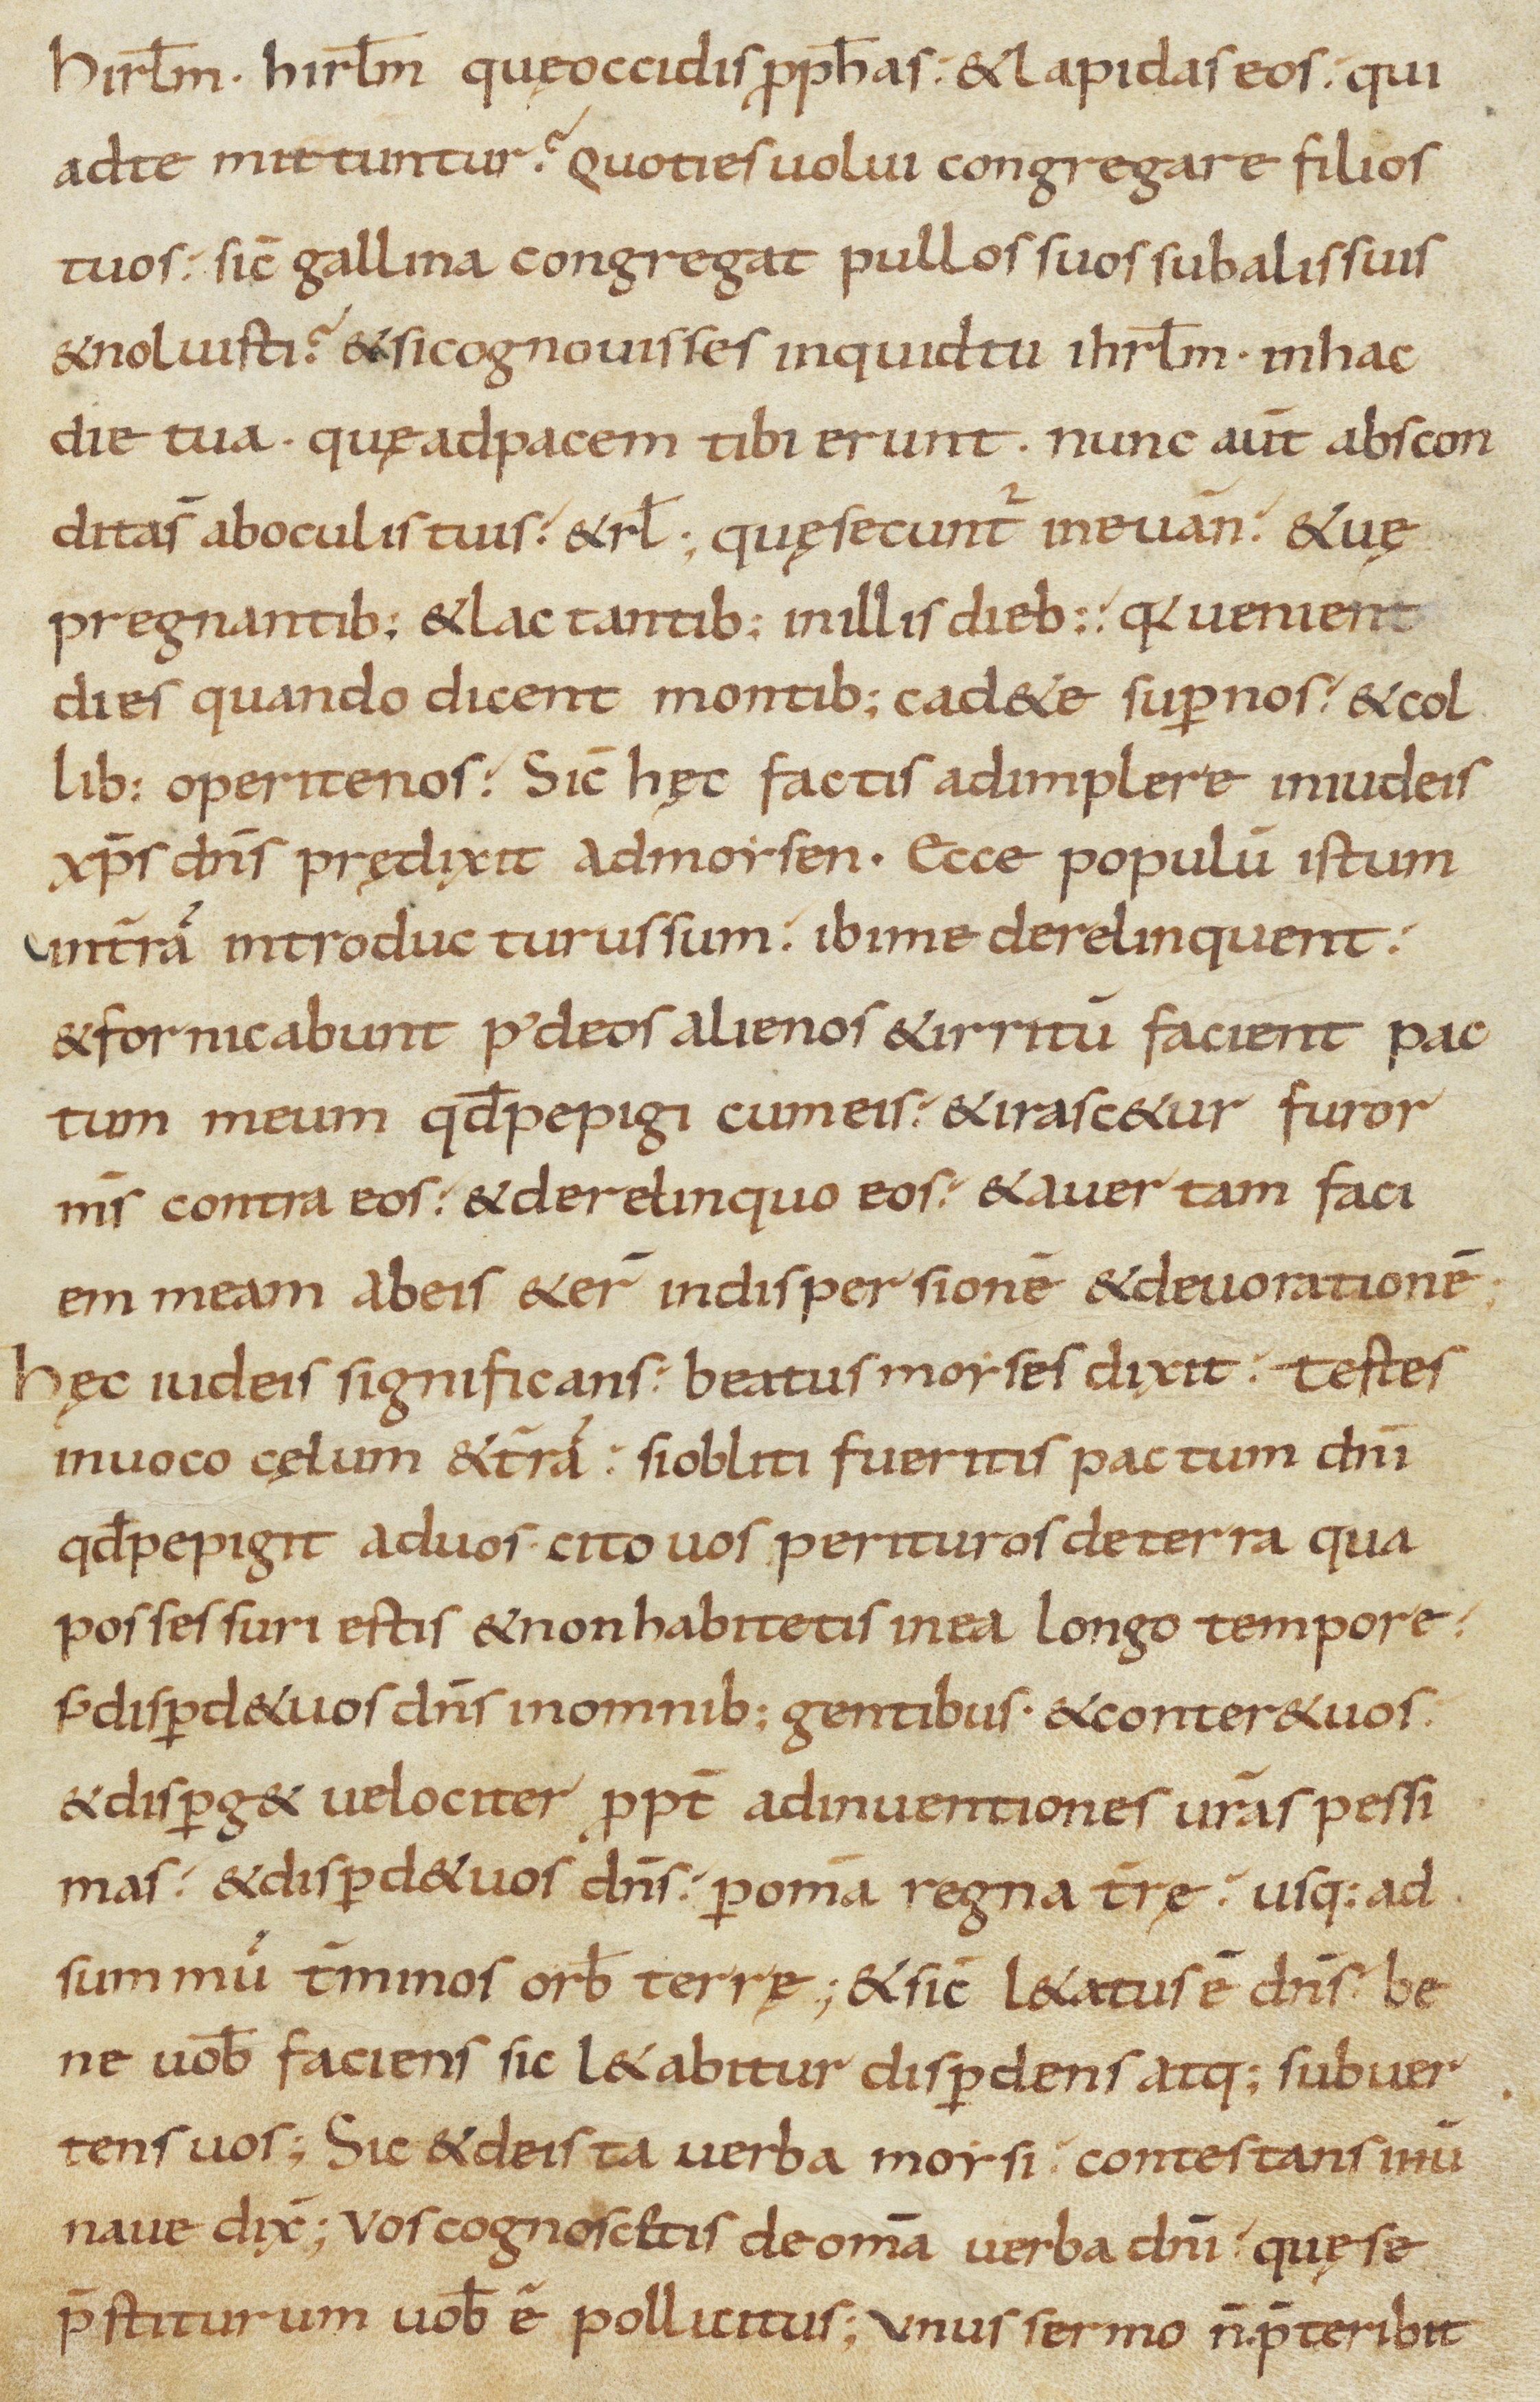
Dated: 800–999